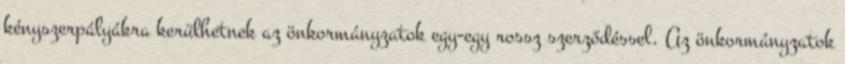
kényszerpályákra kerülhetnek az önkormányzatok egy-egy rossz szerződéssel. Az önkormányzatok